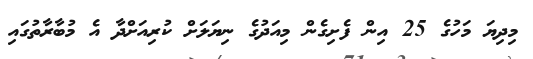
މިދިޔަ މަހުގެ 25 އިން ފެށިގެން މިއަދުގެ ނިޔަލަށް ކުރިއަށްދާ އެ މުބާރާތުގައި